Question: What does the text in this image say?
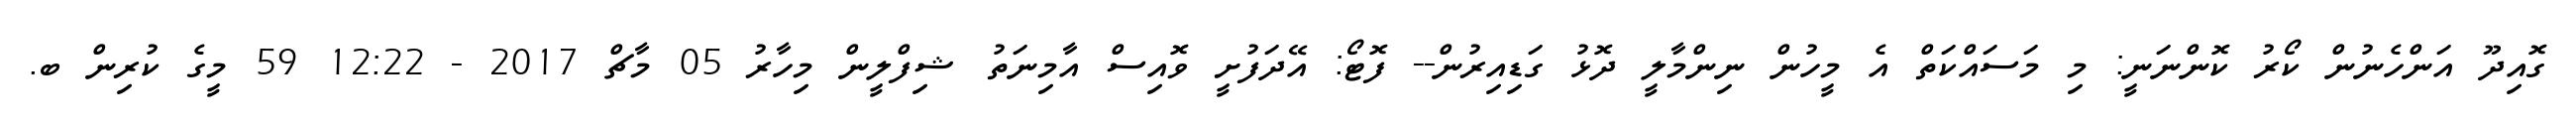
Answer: ގޮއިދޫ އަންހެނުން ކޯރު ކޮންނަނީ: މި މަސައްކަތް އެ މީހުން ނިންމާލީ ދޮޅު ގަޑިއިރުން-- ފޮޓޯ: އޭދަފުށީ ވޮއިސް އާމިނަތު ޝިފްލީން މިހާރު 05 މާޗް 2017 - 12:22 59 މީގެ ކުރިން ބ.